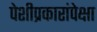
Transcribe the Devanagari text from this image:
पेशीप्रकारांपेक्षा